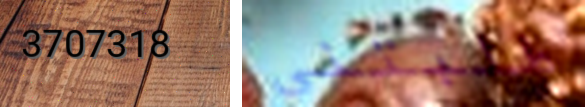
3707318 طلبتني